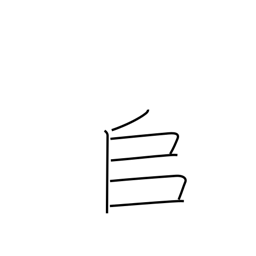
Meaning: to pile up